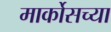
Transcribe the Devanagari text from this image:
मार्कोसच्या